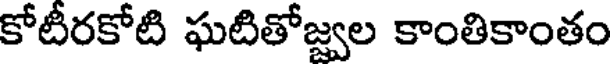
కోటీరకోటి ఘటితోజ్వల కాంతికాంతం